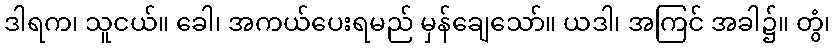
ဒါရက၊ သူငယ်။ ခေါ၊ အကယ်ပေးရမည် မှန်ချေသော်။ ယဒါ၊ အကြင် အခါ၌။ တွံ၊